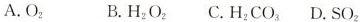
A.O_{2} B.H_{2}O_{2}C.H_{2}CO_{3}D.SO_{2}